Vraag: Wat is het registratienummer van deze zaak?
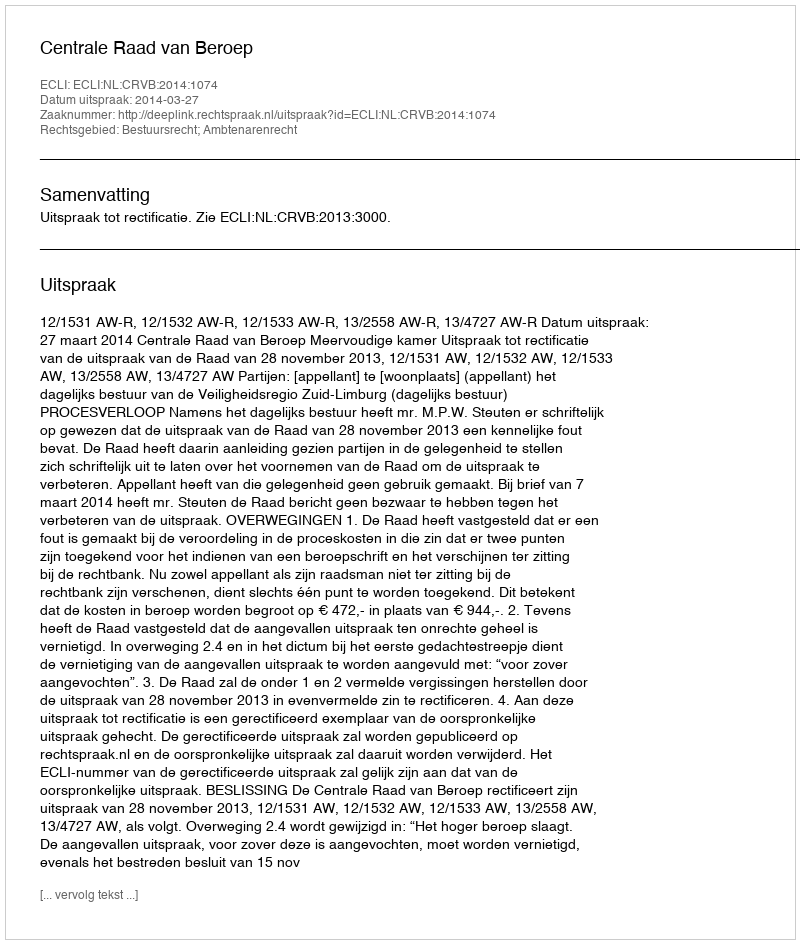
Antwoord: http://deeplink.rechtspraak.nl/uitspraak?id=ECLI:NL:CRVB:2014:1074